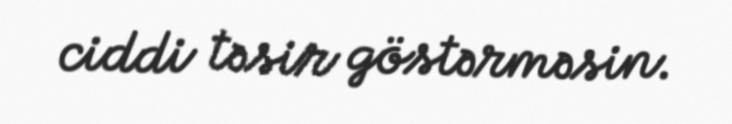
ciddi təsir göstərməsin.